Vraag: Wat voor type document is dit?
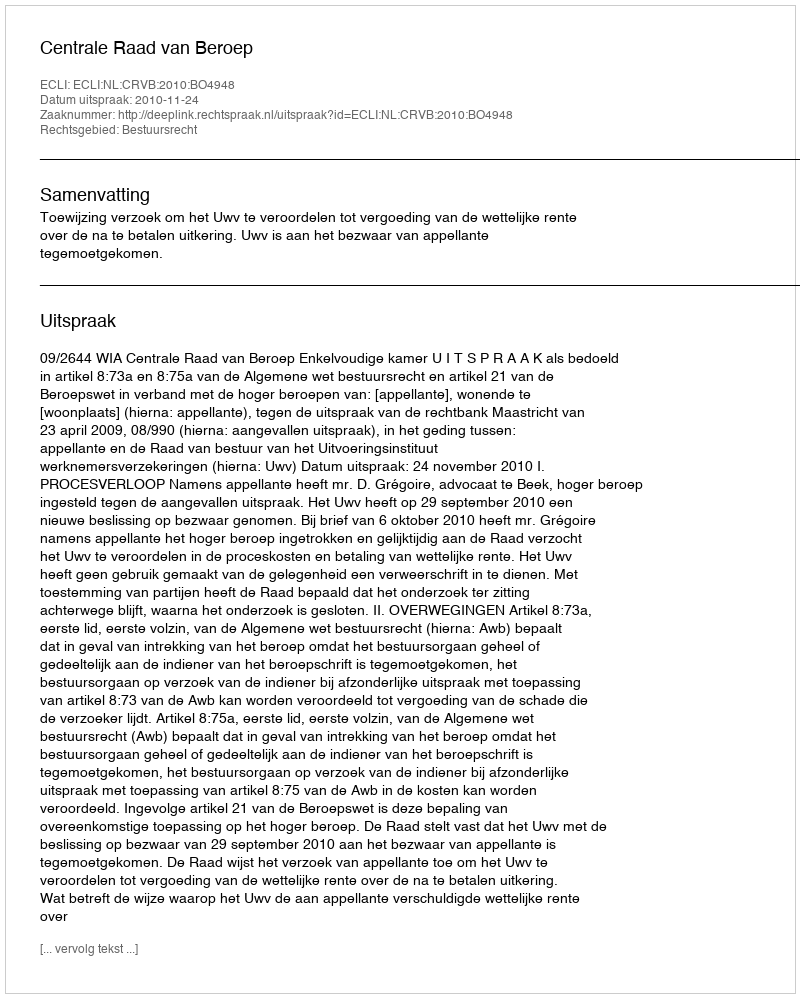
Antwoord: Uitspraak